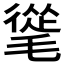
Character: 𣯨